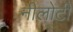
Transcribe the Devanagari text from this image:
नीलोटी